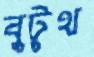
বুটুথ